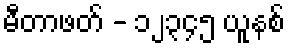
မီတာဖတ် - ၁၂၃၄၅ ယူနစ်